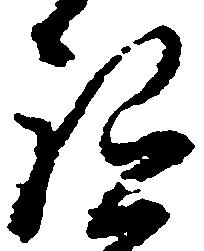
祗